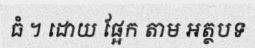
ធំ ។ ដោយ ផ្អែក តាម អត្ថបទ